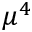
\mu ^ { 4 }